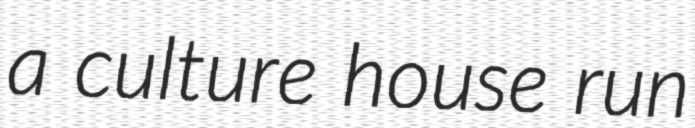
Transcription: a culture house run